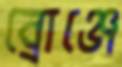
ব্রোঞ্জে